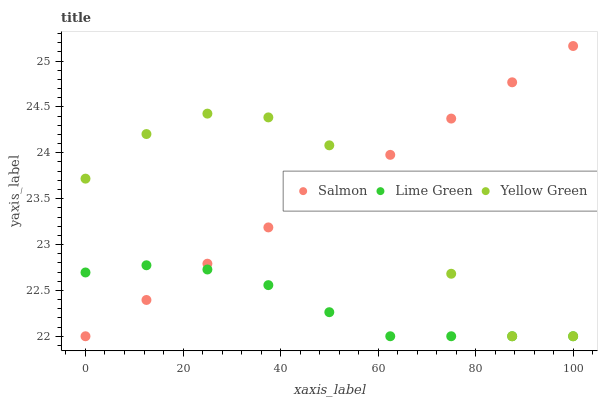
| xaxis_label | Salmon | Lime Green | Yellow Green |
 | --- | --- | --- | --- |
 | 0 | 22 | 22.7 | 23.7 |
 | 12.5 | 22.4 | 22.8 | 24.2 |
 | 25 | 22.8 | 22.7 | 24.4 |
 | 37.5 | 23.2 | 22.6 | 24.4 |
 | 50 | 23.6 | 22.3 | 24.1 |
 | 62.5 | 24 | 22 | 23.5 |
 | 75 | 24.4 | 22 | 22.7 |
 | 87.5 | 24.8 | 22 | 22 |
 | 100 | 25.2 | 22 | 22 |